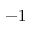
- 1